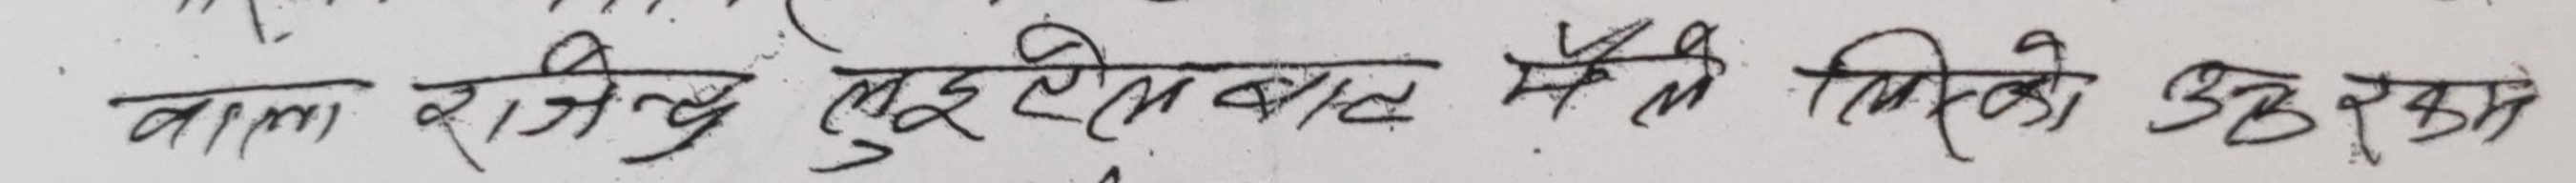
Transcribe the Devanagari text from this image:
वाला राजनीउ दईहाने वाल गैंली किरेको उक्तक्रम